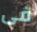
فى